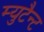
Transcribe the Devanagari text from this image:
म्युटैन्ट